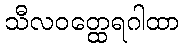
သီလဝတ္ထေရဂါထာ